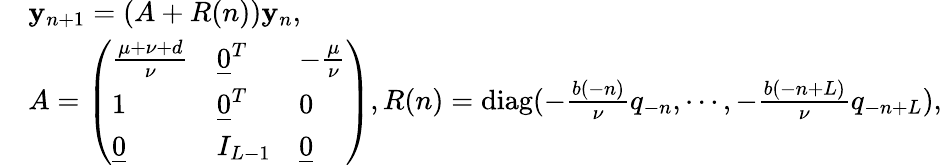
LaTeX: \begin{array}{rl}&{\mathbf{y}_{n+1}=(A+R(n))\mathbf{y}_{n},}\\ &{A=\left(\begin{array}{lll}{\frac{\mu+\nu+d}{\nu}}&{\underline{{0}}^{T}}&{-\frac{\mu}{\nu}}\\ {1}&{\underline{{0}}^{T}}&{0}\\ {\underline{{0}}}&{I_{L-1}}&{\underline{{0}}}\end{array}\right),R(n)=\mathrm{diag}(-\frac{b(-n)}{\nu}q_{-n},\cdots,-\frac{b(-n+L)}{\nu}q_{-n+L}),}\end{array}